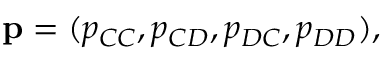
\mathbf { p } = ( p _ { C C } , p _ { C D } , p _ { D C } , p _ { D D } ) ,